Indian journal of veterinary science and animal husbandry - Volume 9,
Year: 1939
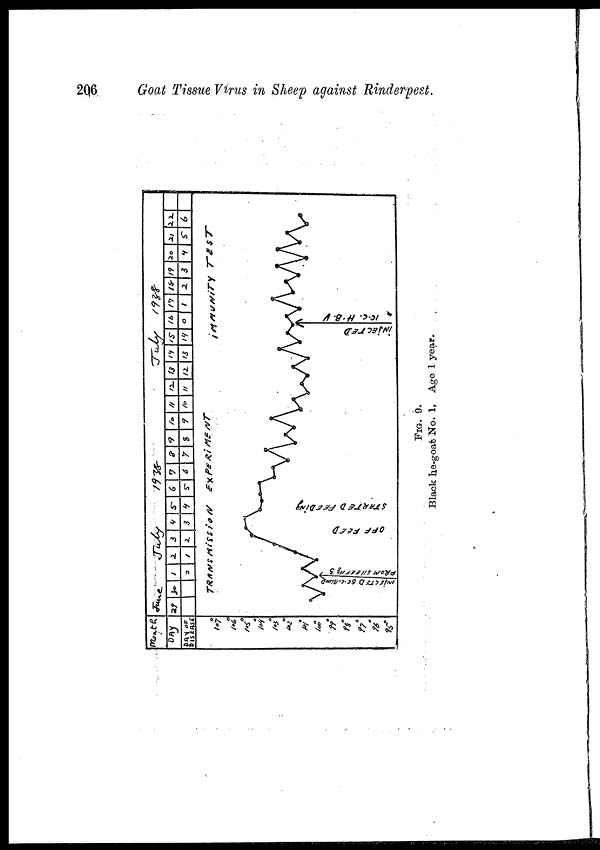
206
Goat Tissue Virus in Sheep against Rinderpest.
FIG. 9.
Black he-goat No. 1, Age 1 year.